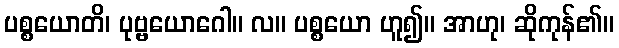
ပစ္စယောတိ၊ ပုဗ္ဗယောဂေါ။ လ။ ပစ္စယော ဟူ၍။ အာဟု၊ ဆိုကုန်၏။